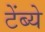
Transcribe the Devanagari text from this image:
टेंब्ये